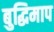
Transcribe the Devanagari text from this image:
बुद्धिमाप